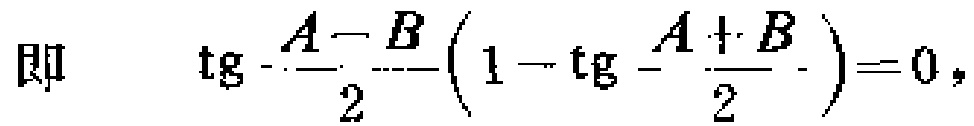
即\(\tan\frac{A - B}{2}(1 - \tan\frac{A + B}{2}) = 0\)，